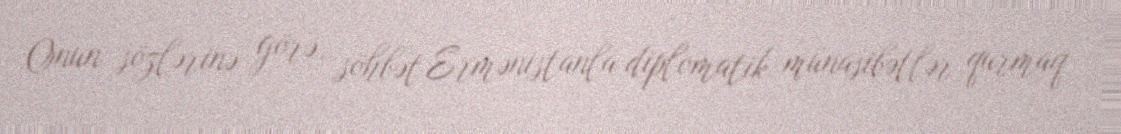
Onun sözlərinə görə, söhbət Ermənistanla diplomatik münasibətlər qurmaq